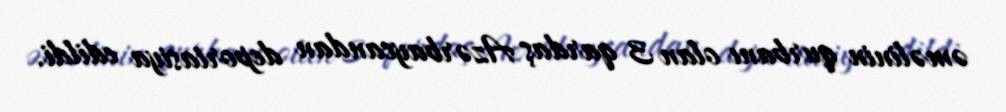
əməlinin qurbanı olan 3 qardaş Azərbaycandan deportasiya edildi.